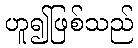
ဟူ၍ဖြစ်သည်